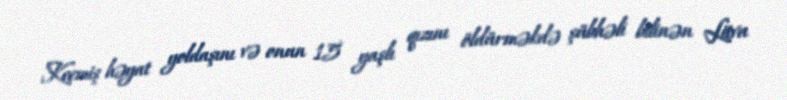
Keçmiş həyat yoldaşını və onun 15 yaşlı qızını öldürməkdə şübhəli bilinən Litva